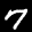
Label: 7